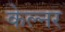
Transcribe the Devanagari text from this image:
केल्नर